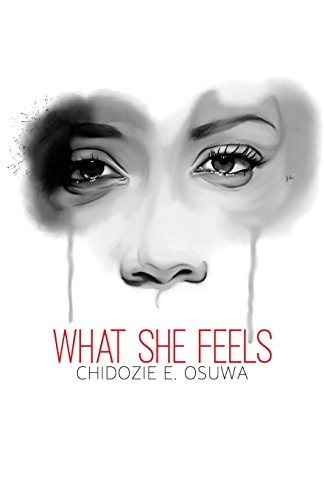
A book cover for What She Feels; Chidozie Osuwa; Literature & Fiction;